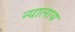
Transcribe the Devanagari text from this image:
न्यालाय